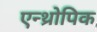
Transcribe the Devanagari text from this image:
एन्थ्रोपिक